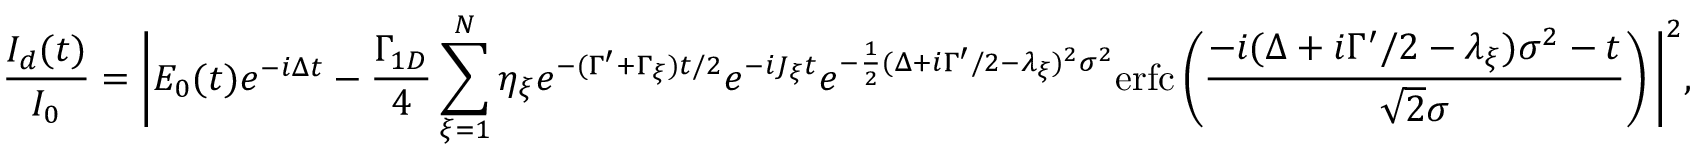
\frac { I _ { d } ( t ) } { I _ { 0 } } = \bigg | E _ { 0 } ( t ) e ^ { - i \Delta t } - \frac { \Gamma _ { 1 D } } { 4 } \sum _ { \xi = 1 } ^ { N } \eta _ { \xi } e ^ { - ( \Gamma ^ { \prime } + \Gamma _ { \xi } ) t / 2 } e ^ { - i J _ { \xi } t } e ^ { - \frac { 1 } { 2 } ( \Delta + i \Gamma ^ { \prime } / 2 - \lambda _ { \xi } ) ^ { 2 } \sigma ^ { 2 } } \mathrm { e r f c } \left( \frac { - i ( \Delta + i \Gamma ^ { \prime } / 2 - \lambda _ { \xi } ) \sigma ^ { 2 } - t } { \sqrt { 2 } \sigma } \right) \bigg | ^ { 2 } ,